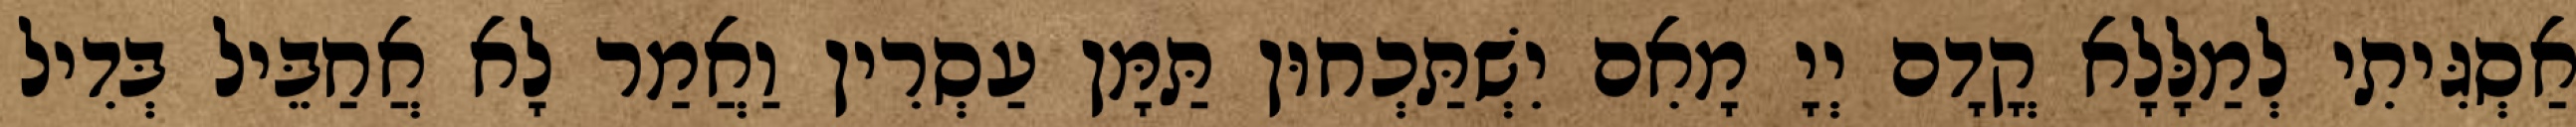
אַסְגִּיתִי לְמַלָּלָא קֳדָם יְיָ מָאִם יִשְׁתַּכְחוּן תַּמָּן עַסְרִין וַאֲמַר לָא אֲחַבֵּיל בְּדִיל